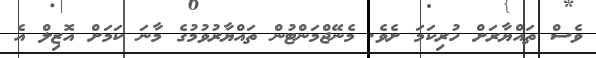
ވެސް ތައްޔާރަށް ހުރިކަމަ ށެވެ. މެނޭޖްމަންޓުން ތައްޔާރުވުމުގެ މާނަ ކަމަށް އޮޒިލް އެ